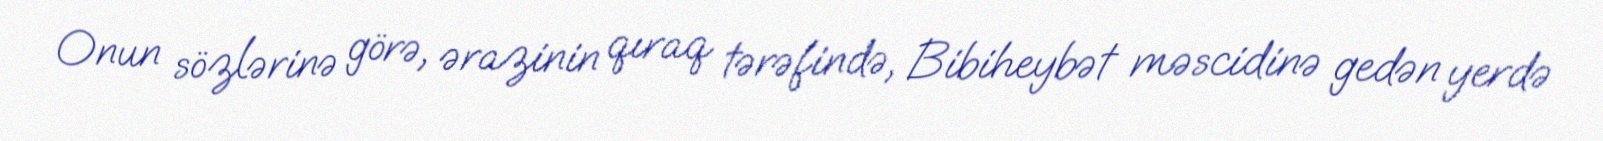
Onun sözlərinə görə, ərazinin qıraq tərəfində, Bibiheybət məscidinə gedən yerdə